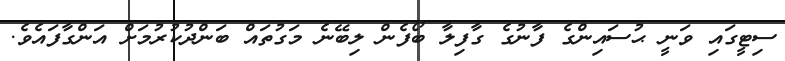
ސިޓީގައި ވަނީ ޙުސައިންގެ ފާނުގެ ގާފިލާ ބޯފެން ލިބޭނެ މަގުތައް ބަންދުކުރުމަށް އަންގާފައެވެ.